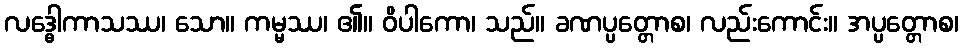
လဒ္ဓေါကာသဿ၊ သော။ ကမ္မဿ၊ ၏။ ဝိပါကော၊ သည်။ ခဏပ္ပတ္တောစ၊ လည်းကောင်း။ အပ္ပတ္တောစ၊